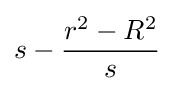
s-{\frac {r^{2}-R^{2}}{s}}